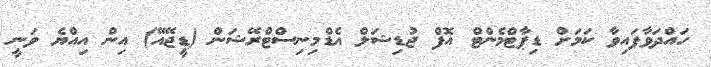
ހައްދަވާފައިވާ ކަމަށް ޑިޕާޓްމެންޓް އޮފް ޖުޑިޝަލް އެޑްމިނިސްޓްރޭޝަން (ޑީޖޭއޭ) އިން އިއްޔެ ވަނީ